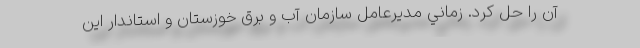
آن را حل كرد. زماني مديرعامل سازمان آب و برق خوزستان و استاندار اين